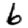
Digit: 6